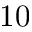
1 0